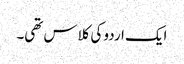
ایک اردو کی کلاس تھی۔